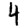
Digit: 4